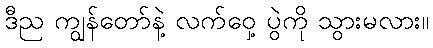
ဒီည ကျွန်တော်နဲ့ လက်ဝှေ့ ပွဲကို သွားမလား။